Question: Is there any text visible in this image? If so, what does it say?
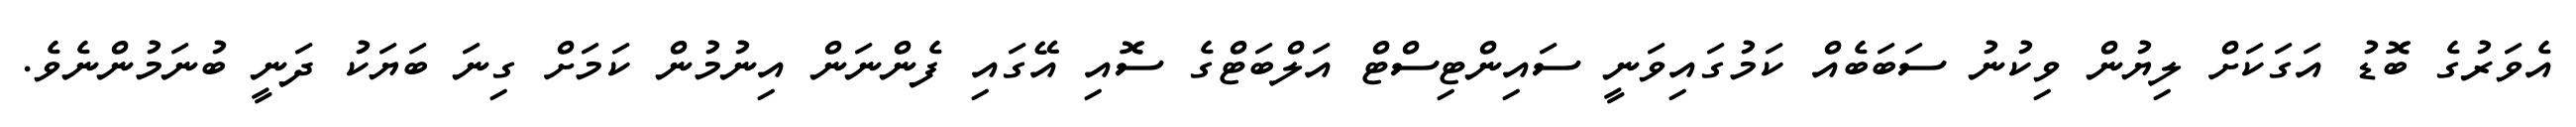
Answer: އެވަރުގެ ބޮޑު އަގަކަށް ލިޔުން ވިކުނު ސަބަބެއް ކަމުގައިވަނީ ސައިންޓިސްޓް އަލްބަޓްގެ ސޮއި އޭގައި ފެންނަން އިނުމުން ކަމަށް ގިނަ ބަޔަކު ދަނީ ބުނަމުންނެވެ.